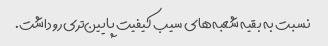
نسبت به بقیه شعبه‌های سیب کیفیت پایین‌تری رو داشت.